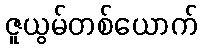
ဇူယွမ်တစ်ယောက်